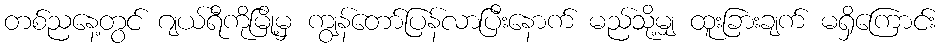
တစ်ညနေ့တွင် ဂျယ်ရီကိုမြို့မှ ကျွန်တော်ပြန်လာပြီးနောက် မည်သို့မျှ ထူးခြားချက် မရှိကြောင်း